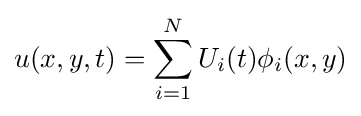
u(x,y,t)=\sum _{i=1}^{N}U_{i}(t)\phi _{i}(x,y)